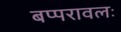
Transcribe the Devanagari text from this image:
बप्परावलः